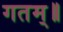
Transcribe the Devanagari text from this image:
गतम्॥